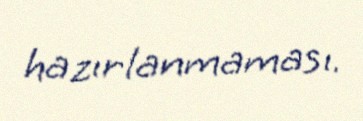
hazırlanmaması.